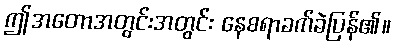
ဤအတောအတွင်းအတွင်း နေစရာခက်ခဲပြန်၏။